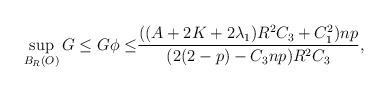
LaTeX: \begin{align*}\begin{aligned}\sup_{B_{R}(O)}G\leq G\phi\leq&\frac{((A+2K+2\lambda_{1})R^{2}C_{3}+C_{1}^{2})np}{(2(2-p)-C_{3}np)R^{2}C_{3}},\end{aligned}\end{align*}